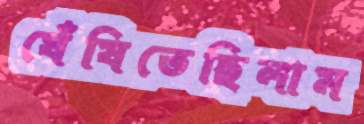
ঘেঁষিতেছিলাম